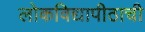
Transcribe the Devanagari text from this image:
लोकविद्यापीठाची